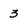
Character: 3